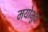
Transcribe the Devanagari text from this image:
मयोभुवः